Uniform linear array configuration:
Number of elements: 12
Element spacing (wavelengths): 0.75
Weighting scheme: uniform
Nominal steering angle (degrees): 0
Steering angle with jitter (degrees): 0.04881
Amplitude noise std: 0.05
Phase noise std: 0.05

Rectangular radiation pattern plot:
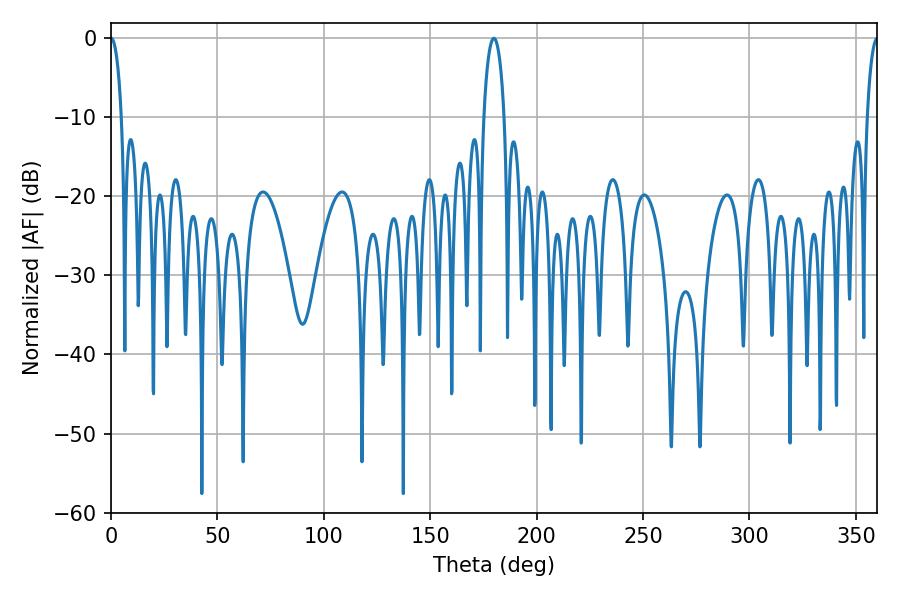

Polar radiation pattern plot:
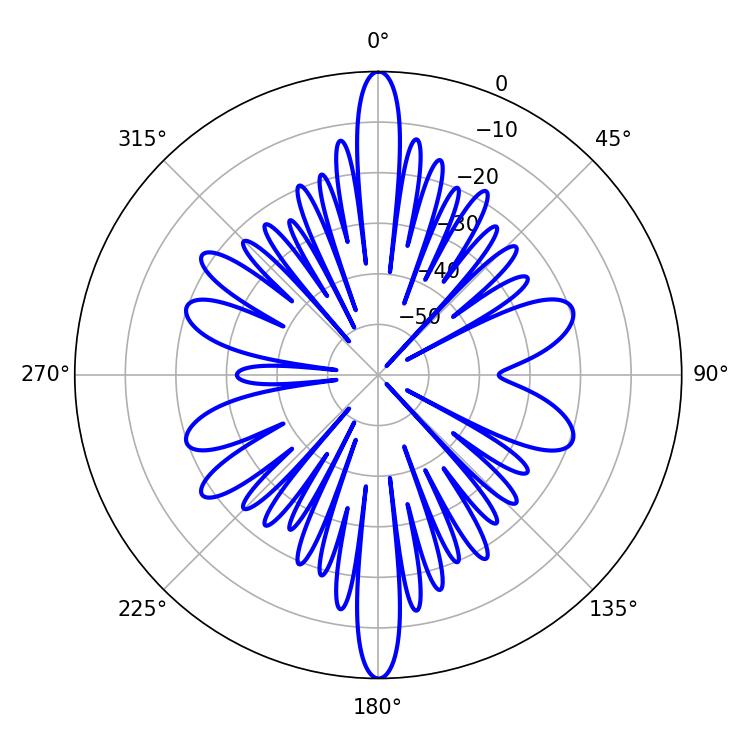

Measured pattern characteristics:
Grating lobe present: TRUE
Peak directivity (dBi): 37.697
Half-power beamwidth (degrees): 2.88
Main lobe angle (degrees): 0.18